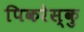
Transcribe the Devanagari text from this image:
पिकरेस्कु